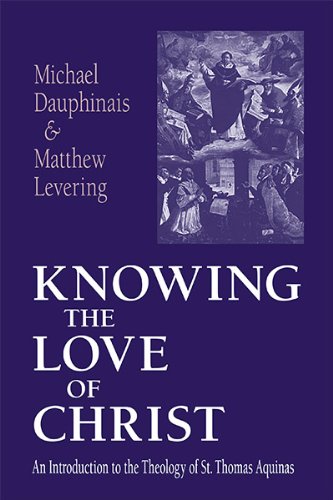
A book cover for Knowing the Love of Christ: An Introduction to the Theology of St. Thomas Aquinas; Michael Dauphinais; Christian Books & Bibles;